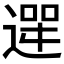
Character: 𮞮